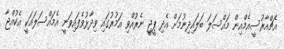
އެޗްއާރުސީއެމްއިން މައްސަލަ ބަލައިދިނުމަށް އެދި ޕީޖީ ނެރުއްވި އަމުރުގައި ވިދާޅުވެފައިވަނީ އެމައްސަލައަކީ އެކުއްޖާ